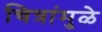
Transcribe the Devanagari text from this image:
चित्रांमुळे